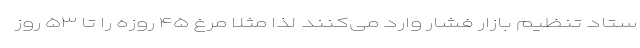
ستاد تنظیم بازار فشار وارد می‌کنند لذا مثلا مرغ ۴۵ روزه را تا ۵۳ روز